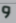
و